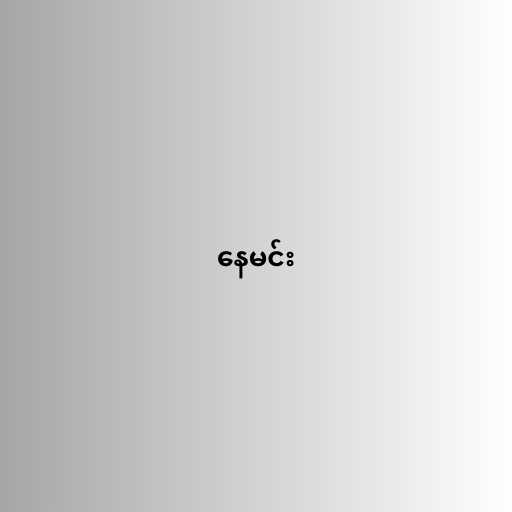
နေမင်း